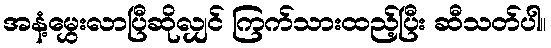
အနံ့မွှေးလာပြီဆိုလျှင် ကြက်သားထည့်ပြီး ဆီသတ်ပါ။